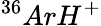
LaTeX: ^{36}ArH^{+}